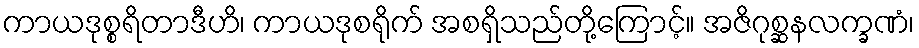
ကာယဒုစ္စရိတာဒီဟိ၊ ကာယဒုစရိုက် အစရှိသည်တို့ကြောင့်။ အဇိဂုစ္ဆနလက္ခဏံ၊